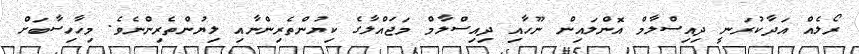
ރޯލެއް އަދާކުރަނީ ދިއިސްލާމް އޮންލައިން ނޫހާއި ދިއިސްލާމް މަޖައްލާގެ ކިޔުންތެރިންނާއި ލިޔުންތެރިންނެވެ. މިހާހިސާބަށް